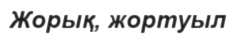
Жорық, жортуыл